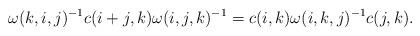
LaTeX: \begin{align*}\omega(k,i,j)^{-1}c(i+j, k)\omega(i,j,k)^{-1}=c(i,k)\omega(i,k,j)^{-1}c(j, k).\end{align*}